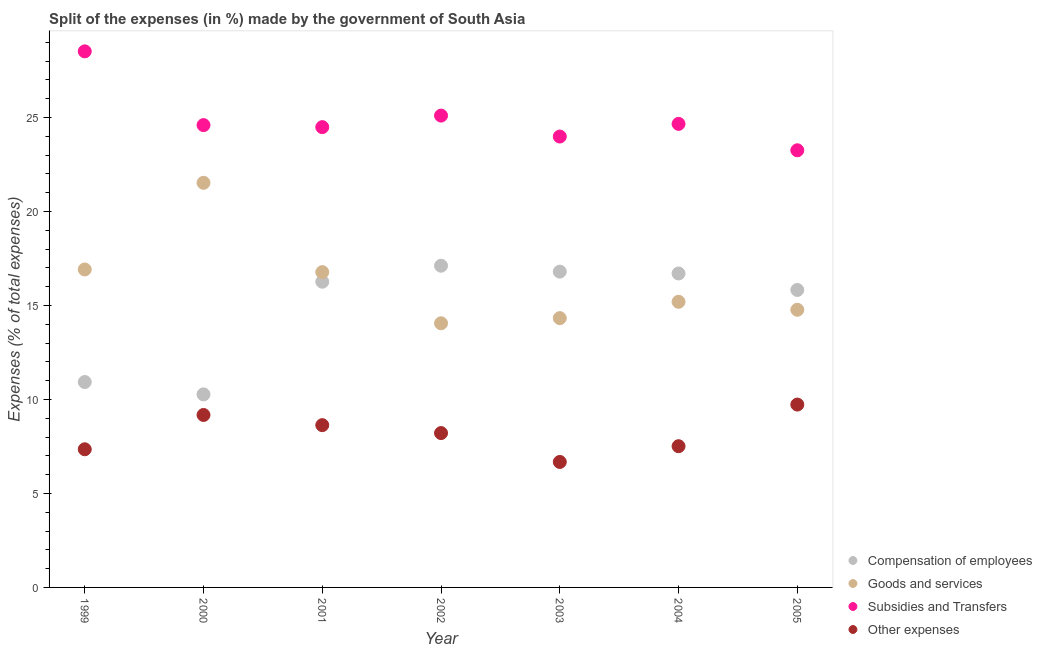
| Year | Compensation of employees | Goods and services | Subsidies and Transfers | Other expenses |
 | --- | --- | --- | --- | --- |
 | 1999 | 10.9 | 16.9 | 28.5 | 7.35 |
 | 2000 | 10.3 | 21.5 | 24.6 | 9.17 |
 | 2001 | 16.3 | 16.8 | 24.5 | 8.63 |
 | 2002 | 17.1 | 14 | 25.1 | 8.21 |
 | 2003 | 16.8 | 14.3 | 24 | 6.67 |
 | 2004 | 16.7 | 15.2 | 24.7 | 7.51 |
 | 2005 | 15.8 | 14.8 | 23.3 | 9.73 |